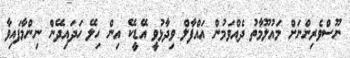
ނޫސްވެރިންނަށް މައުލޫމާތު ދެއްވަމުން އައްފާލް ވިދާޅުވީ އޭޑީކޭ އިން ހިލޭ ހަދައިދޭން ނިންމާފައިވާ